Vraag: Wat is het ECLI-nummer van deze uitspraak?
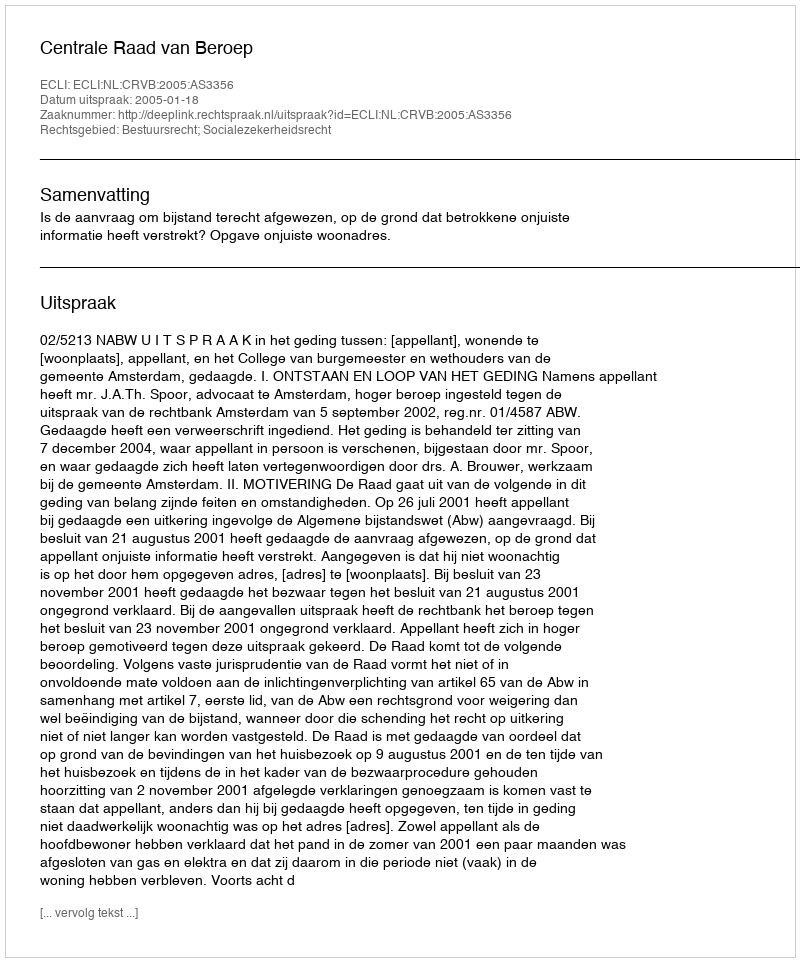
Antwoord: ECLI:NL:CRVB:2005:AS3356